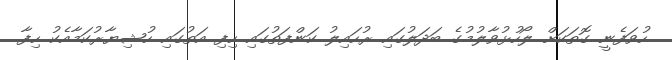
ހުވަފެނީ ގޮތަކަށް ލޯހުޅުވާލުމުގެ ބަދަލުގައި ރުހައިލު ކަންފަތުގައި ހިފި އަތުގައި ހުޝިޔާރުކަމާއެކު ހިފާ